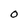
Character: 0